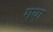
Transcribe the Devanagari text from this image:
गया